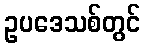
ဥပဒေသစ်တွင်